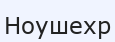
Ноушехр